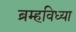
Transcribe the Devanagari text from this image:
ब्रम्हविध्या